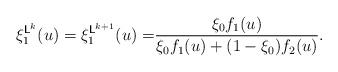
\begin{align*}\begin{aligned}\xi_1^{\mathsf{L}^{k}}(u)=\xi_1^{\mathsf{L}^{k+1}}(u)=&\frac{\xi_0f_1(u)}{\xi_0f_1(u)+(1-\xi_0)f_2(u)}.\end{aligned}\end{align*}